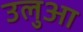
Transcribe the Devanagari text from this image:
उलुआ